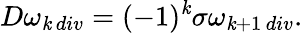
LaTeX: D\omega_{\mathit{k}\, div}=(-1)^{\mathit{k}}\sigma\omega_{\mathit{k}+1\, div}.